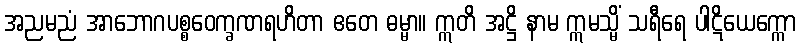
အညမညံ အာဘောဂပစ္စဝေက္ခဏရဟိတာ ဧတေ ဓမ္မာ။ ဣတိ အဋ္ဌိ နာမ ဣမသ္မိံ သရီရေ ပါဋိယေက္ကော